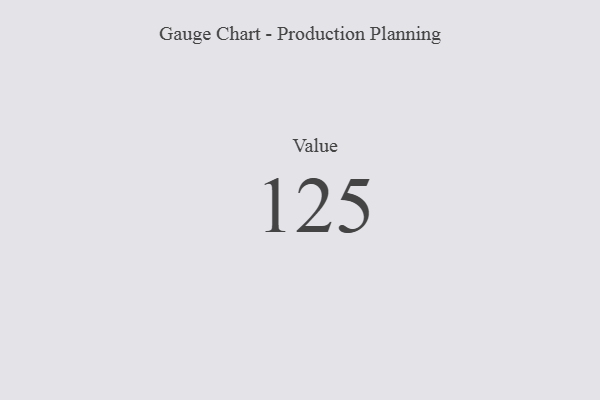
{"axis": {"x": "Metric", "y": "Value"}, "legend": [""], "data": [{"x": "Value", "y": 125, "type": ""}]}